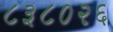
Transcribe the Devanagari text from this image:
८३८०२६